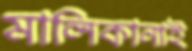
মালিকানাই